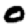
Digit: 0